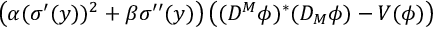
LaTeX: \left( \alpha ( \sigma ^ { \prime } ( y ) ) ^ { 2 } + \beta \sigma ^ { \prime \prime } ( y ) \right) \left( ( D ^ { M } \phi ) ^ { \ast } ( D _ { M } \phi ) - V ( \phi ) \right)